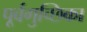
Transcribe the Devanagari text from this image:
पूर्वगुच्छिका